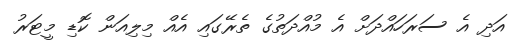
އަދި އެ ސަރަހައްދަށް އެ މުއްދަތުގެ ތެރޭގައި އެއް މިލިއަން ކޮޑި މީޓަރު